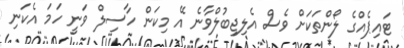
ޓައިޕެއްގެ ލޯންތަކަށް ވެސް އެލިޖިބުލްވާނެ އޭ މިކަން ހާސިލް ވަނީ ހަމަ އެކަނި